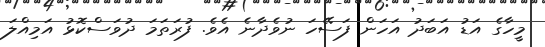
މީހާގެ އަޑު އަބަދު އަހަން ފަސޭހަ ނުވެދާނެ އެވެ. ފުރަތަމަ ދުވަސްކޮޅު އަމިއްލަ